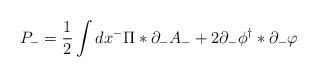
LaTeX: \begin{align*}P_{-} = \frac 1 2 \int dx^{-} \Pi \ast \partial_{-} A_{-} + 2\partial_{-} \phi^{\dag} \ast \partial_{-}\varphi\end{align*}